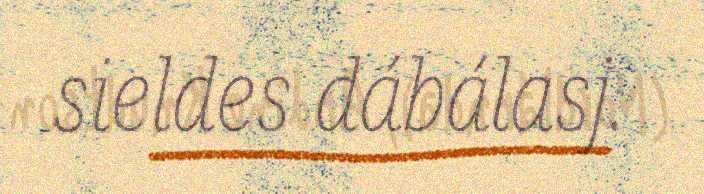
sieldes dábálasj.